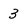
Character: 3